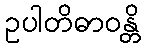
ဥပါတိဓာဝန္တိ